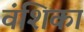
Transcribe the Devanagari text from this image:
वंशिका